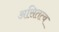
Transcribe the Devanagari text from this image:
असितत्व